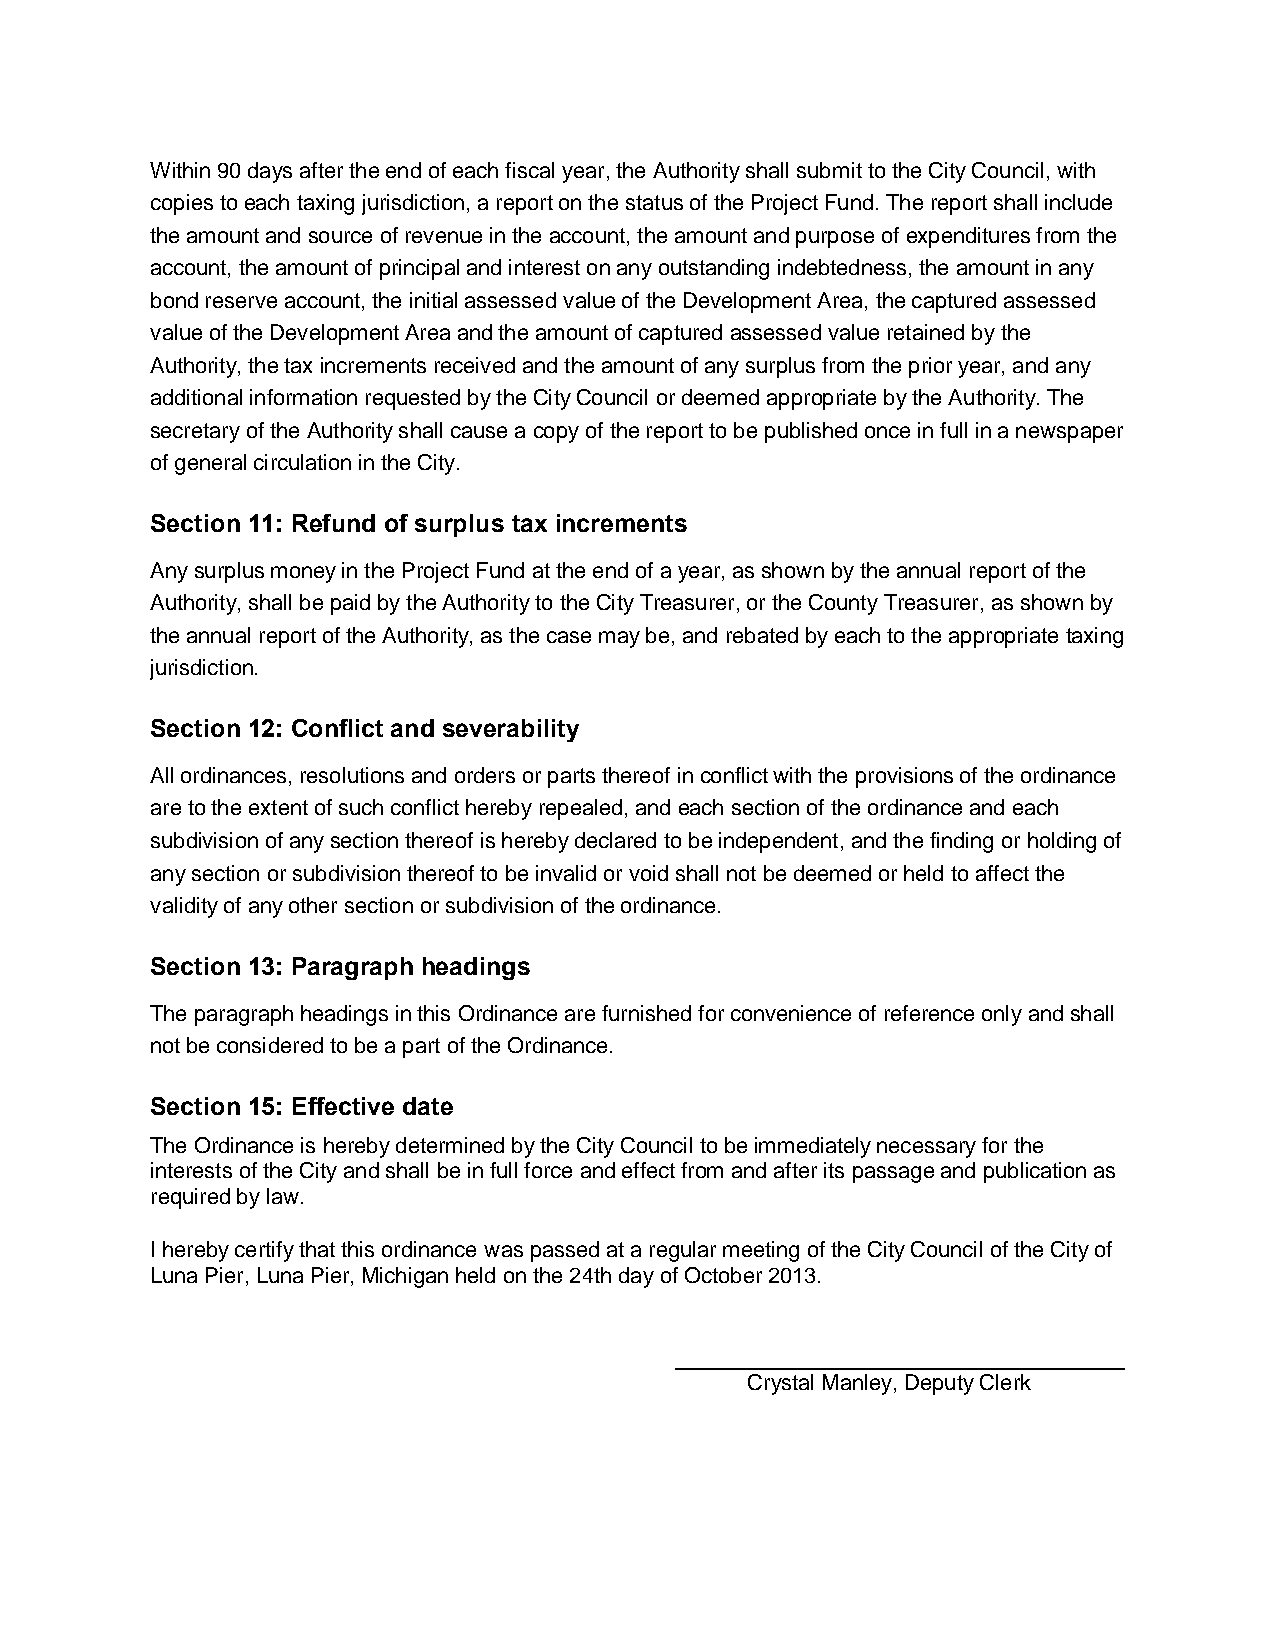
Within 90 days after the end of each fiscal year, the Authority shall submit to the City Council, with
 copies to each taxing jurisdiction, a report on the status of the Project Fund. The report shall include
 the amount and source of revenue in the account, the amount and purpose of expenditures from the
 account, the amount of principal and interest on any outstanding indebtedness, the amount in any
 bond reserve account, the initial assessed value of the Development Area, the captured assessed
 value of the Development Area and the amount of captured assessed value retained by the
 Authority, the tax increments received and the amount of any surplus from the prior year, and any
 additional information requested by the City Council or deemed appropriate by the Authority. The
 secretary of the Authority shall cause a copy of the report to be published once in full in a newspaper
 of general circulation in the City.
 Section 11: Refund of surplus tax increments
 Any surplus money in the Project Fund at the end of a year, as shown by the annual report of the
 Authority, shall be paid by the Authority to the City Treasurer, or the County Treasurer, as shown by
 the annual report of the Authority, as the case may be, and rebated by each to the appropriate taxing
 jurisdiction.
 Section 12: Conflict and severability
 All ordinances, resolutions and orders or parts thereof in conflict with the provisions of the ordinance
 are to the extent of such conflict hereby repealed, and each section of the ordinance and each
 subdivision of any section thereof is hereby declared to be independent, and the finding or holding of
 any section or subdivision thereof to be invalid or void shall not be deemed or held to affect the
 validity of any other section or subdivision of the ordinance.
 Section 13: Paragraph headings
 The paragraph headings in this Ordinance are furnished for convenience of reference only and shall
 not be considered to be a part of the Ordinance.
 Section 15: Effective date
 The Ordinance is hereby determined by the City Council to be immediately necessary for the
 interests of the City and shall be in full force and effect from and after its passage and publication as
 required by law.
 I hereby certify that this ordinance was passed at a regular meeting of the City Council of the City of
 Luna Pier, Luna Pier, Michigan held on the 24th day of October 2013.
 Crystal Manley, Deputy Clerk